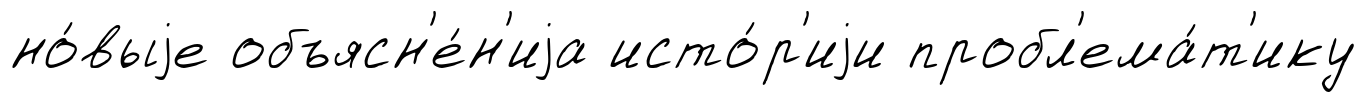
но́выjе объясн'е́н'иjа исто́р'иjи пробл'ема́т'ику